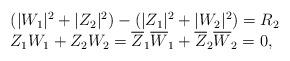
LaTeX: \begin{align*}\begin{array}{lcr}(|W_1|^2+|Z_2|^2)- (|Z_1|^2+|W_2|^2)=R_2\\Z_1W_1+Z_2W_2=\overline{Z}_1\overline{W}_1+\overline{Z}_2\overline{W}_2=0,\end{array}\end{align*}